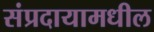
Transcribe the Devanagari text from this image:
संप्रदायामधील